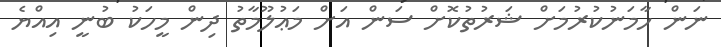
ނަން ހާމަނުކުރުމަށް ޝަރުތުކޮށް ސަން އަށް މަޢުލޫމާތު ދިން މީހަކު ބުނީ އިއްޔެ